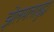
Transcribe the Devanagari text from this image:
झेलमलासुद्धा